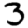
Digit: 3